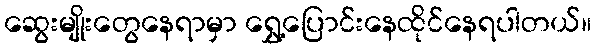
ဆွေးမျိုးတွေနေရာမှာ ရွှေ့ပြောင်းနေထိုင်နေရပါတယ်။